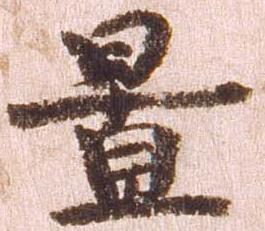
置